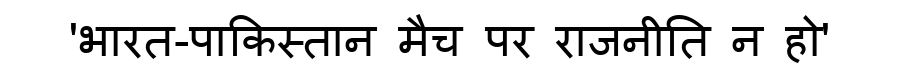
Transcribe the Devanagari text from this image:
'भारत-पाकिस्तान मैच पर राजनीति न हो'